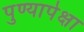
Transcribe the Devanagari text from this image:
पुण्यापेक्षा